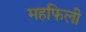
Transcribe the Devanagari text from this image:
महफिली